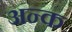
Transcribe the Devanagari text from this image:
अन्क